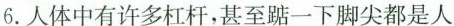
6.人体中有许多杠杆，甚至踮一下脚尖都是人